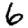
Digit: 6